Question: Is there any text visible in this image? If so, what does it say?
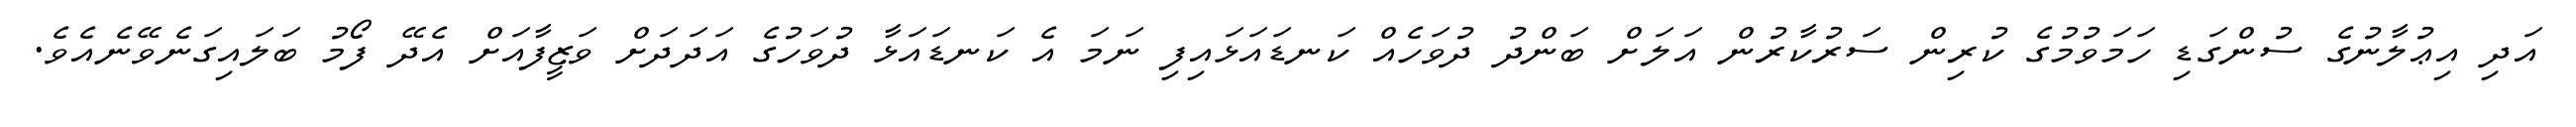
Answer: އަދި އިޢުލާނުގެ ސުންގަޑި ހަމަވުމުގެ ކުރިން ސަރުކާރުން އަލަށް ބަންދު ދުވަހެއް ކަނޑައަޅައިފި ނަމަ އެ ކަނޑައަޅާ ދުވަހުގެ އަދަދަށް ވަޒީފާއަށް އެދޭ ފޯމު ބަލައިގަނެވޭނެއެވެ.